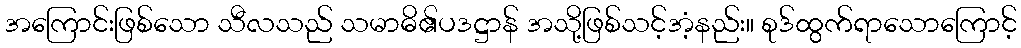
အကြောင်းဖြစ်သော သီလသည် သမာဓိ၏ပဒဋ္ဌာန် အသို့ဖြစ်သင့်အံ့နည်း။ စုဒ်ထွက်ရာသောကြောင့်